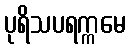
ပုရိသပရက္ကမေ